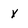
Character: x